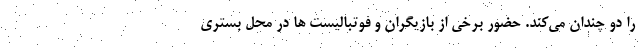
را دو چندان می‌کند. حضور برخی از بازیگران و فوتبالیست ها در محل بستری